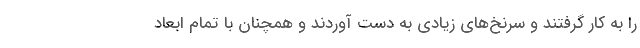
را به کار گرفتند و سرنخ‌های زیادی به دست آوردند و همچنان با تمام ابعاد